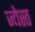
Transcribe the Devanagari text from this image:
ज्येस्ठ